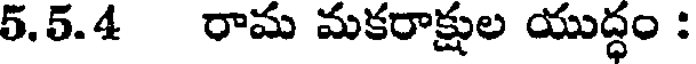
5,5.4 రామ మకరాక్షుల యుద్ధం :